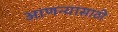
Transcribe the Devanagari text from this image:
आणन्यासाठी